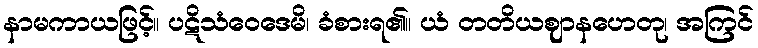
နာမကာယဖြင့်။ ပဋိသံဝေဒေမိ၊ ခံစားရ၏။ ယံ တတိယဈာနဟေတု၊ အကြင်